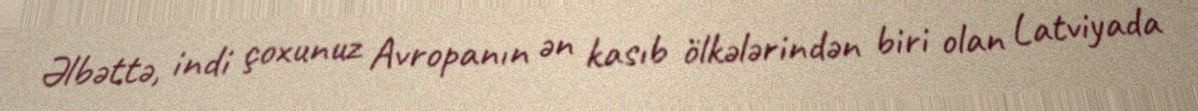
Əlbəttə, indi çoxunuz Avropanın ən kasıb ölkələrindən biri olan Latviyada